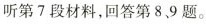
听第7段材料,回答第8.9 题.